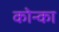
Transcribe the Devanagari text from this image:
कोन्का